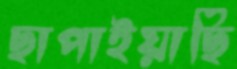
ছাপাইয়াছি